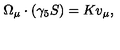
\Omega _ { \mu } \cdot ( \gamma _ { 5 } S ) = K v _ { \mu } ,